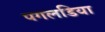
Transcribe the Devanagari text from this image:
पगलडिया